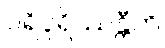
ပရိပူရိဿန္တီတိ